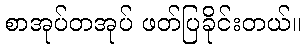
စာအုပ်တအုပ် ဖတ်ပြခိုင်းတယ်။